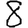
Digit: 8